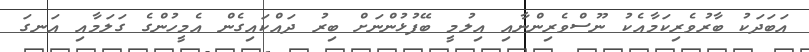
އަބަދަކު ބާރުވެރިކަމާއެކު ނޫސްވެރިންނާއި އިލުމީ ބޭފުޅުންނަށް ބިރު ދައްކައިގެން އެމީހުންގެ ގަލަމާއި އަނގަ